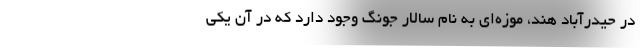
در حیدرآباد هند، موزه‌ای به نام سالار جونگ وجود دارد که در آن یکی